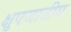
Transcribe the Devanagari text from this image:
क्षुपजातीय